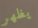
يظهر